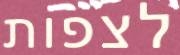
לצפות